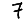
Digit: 7